Leningradi_Edasi_toimetus, lk 76
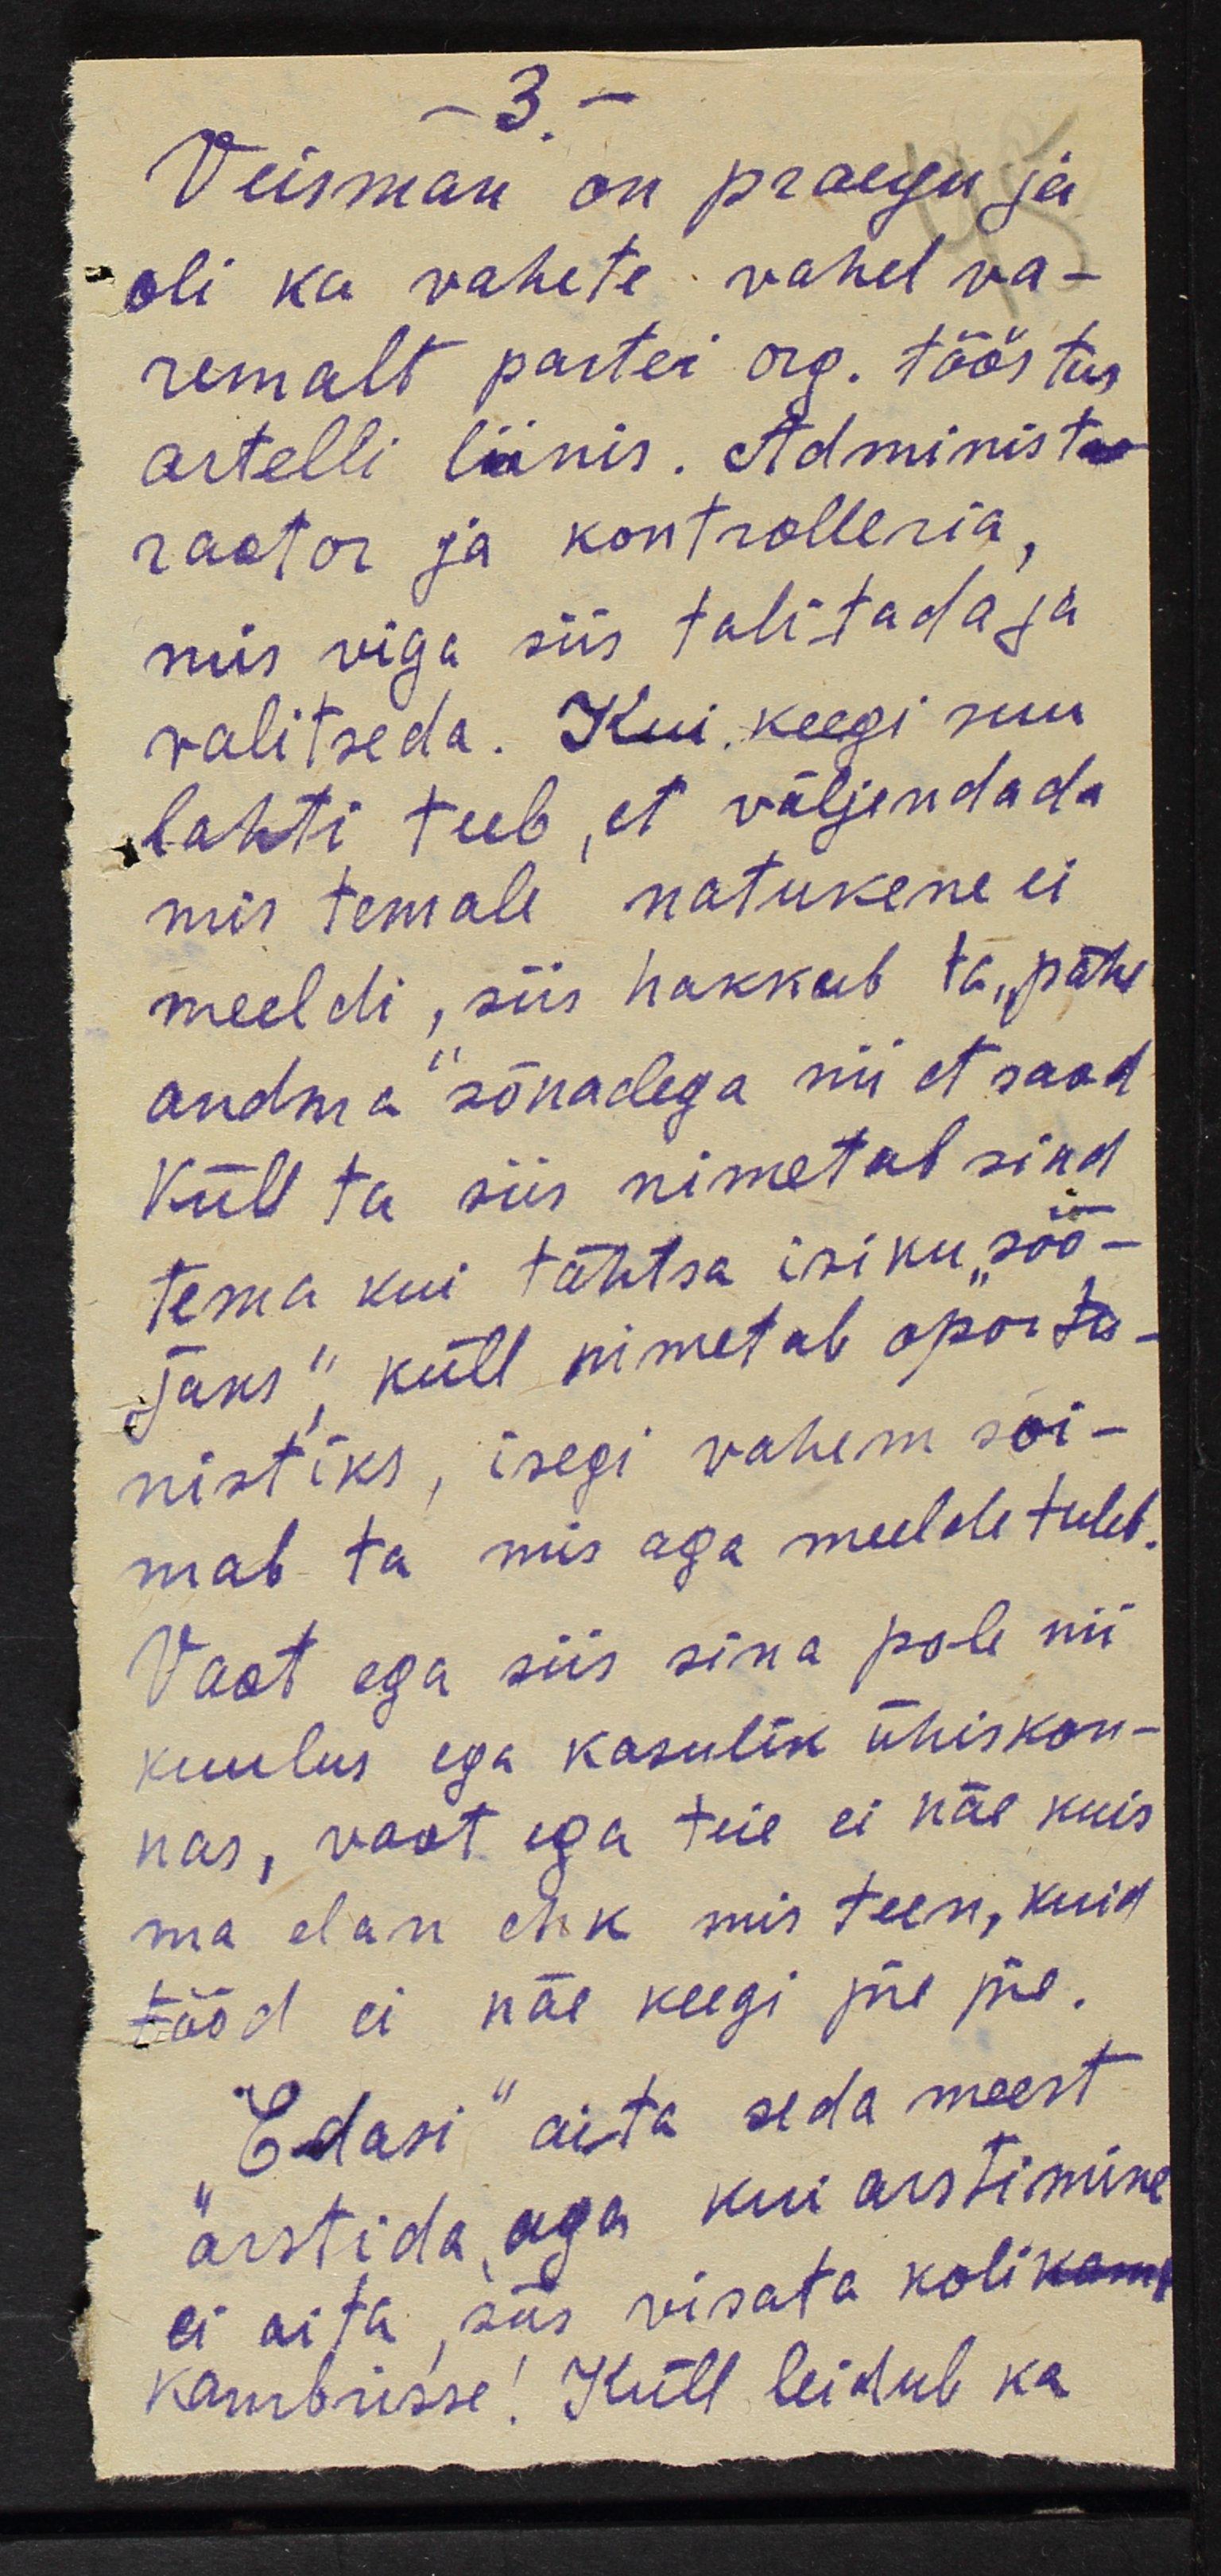
-3 -
Veisman on praegu ja
oli ka vahete vahel va-
remalt partei org. tööstus
artelli liinis. Administ-
raator ja kontrolleria,
mis viga siis talitada ja
valitseda. Kui keegi suu
lahti teeb, et väljendada
mis temale natukene ei
meeldi, siis hakkab ta, pähe
andma sõnadega nii et saad
Küll ta siis nimetab sind
tema kui tähtsa isiku "söö-
jaks" küll nimetab oportu-
nistiks, isegi vahem soi-
mab ta mis aga meelde tuleb.
Vaat ega siis sina pole nii,
kuulus ega kasulik ühiskon-
nas, voot ega teie ei näe kuis
ma elan ehk mis teen, kuid
tööd ei näe keegi jne jne.
"Edasi" aita seda meest.
"arstida" aga kui arstimine
ei aita siis visata koli kam
kambrisse! Küll leidub ka